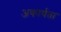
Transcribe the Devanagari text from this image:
अकार्यता